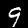
Digit: 9